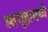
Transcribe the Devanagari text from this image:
स्वगृहामध्ये